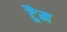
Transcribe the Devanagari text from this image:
ट्रैम